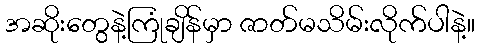
အဆိုးတွေနဲ့ကြုံချိန်မှာ ဇာတ်မသိမ်းလိုက်ပါနဲ့။